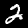
Digit: 2